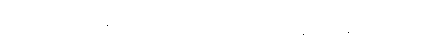
ပေါ့ဒ်ကတ်စ်အစီအစဉ်များ တရားရုံးက အမိန့်ချပြီးချိန်မှာတောင်